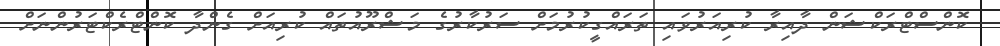
ކޮންސްޓްރަކްޝަން ދާއިރާ ކުރިއަރުވައި ތަރައްގީކުރުމަށް ސަރުކާރުގެ މަޝްރޫއުތައް ކުރިއަށް ގެންދާ ކޮންޓްރެކްޓަރުންނަށް